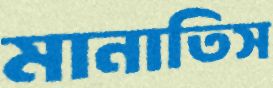
মানাতিস